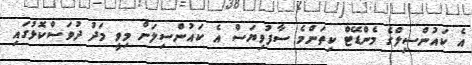
އެ ކައުންސިލްގެ މެންޑޭޓް ކިތަންމެ ސާފުވިޔަސް އެ ކައުންސިލަށް މިވީ މަދު ދުވަސްކޮޅުގައި